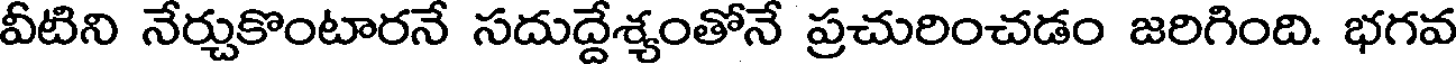
వీటిని నేర్చుకొంటారనే సదుద్దేశ్యంతోనే ప్రచురించడం జరిగింది. భగవ